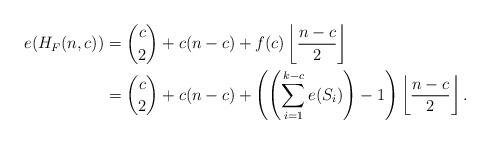
LaTeX: \begin{align*}e(H_F(n,c)) & = \binom{c}{2}+c(n-c)+ f(c)\left\lfloor \frac{n-c}{2} \right\rfloor \\& = \binom{c}{2}+c(n-c) + \left(\left(\sum_{i=1}^{k-c} e(S_i)\right)-1\right)\left\lfloor \frac{n-c}{2} \right\rfloor.\end{align*}